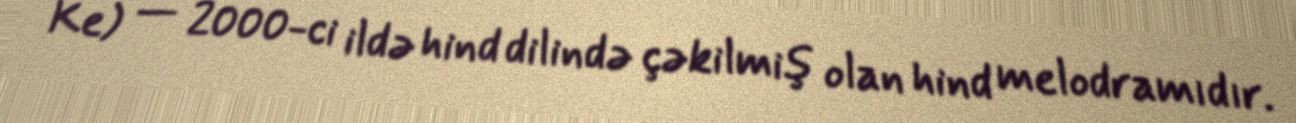
Ke) — 2000-ci ildə hind dilində çəkilmiş olan hind melodramıdır.